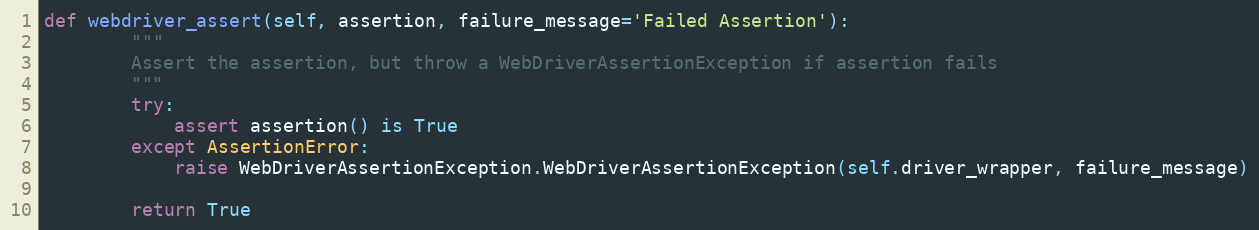
Language: Python
def webdriver_assert(self, assertion, failure_message='Failed Assertion'):
        """
        Assert the assertion, but throw a WebDriverAssertionException if assertion fails
        """
        try:
            assert assertion() is True
        except AssertionError:
            raise WebDriverAssertionException.WebDriverAssertionException(self.driver_wrapper, failure_message)

        return True